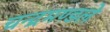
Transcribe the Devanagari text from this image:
चन्द्रमण्डले